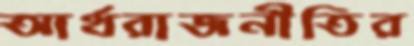
আর্থরাজনীতির